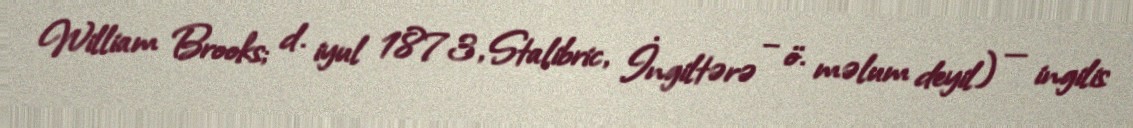
William Brooks; d. iyul 1873, Stalibric, İngiltərə – ö. məlum deyil) — ingilis